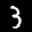
Label: 3